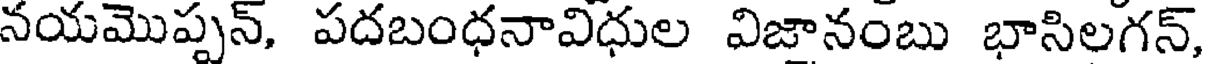
నయమొప్పన్, పదబంధనావిధుల విజానంబు భాసిలగన్,